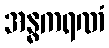
အန္ဓကရဏံ